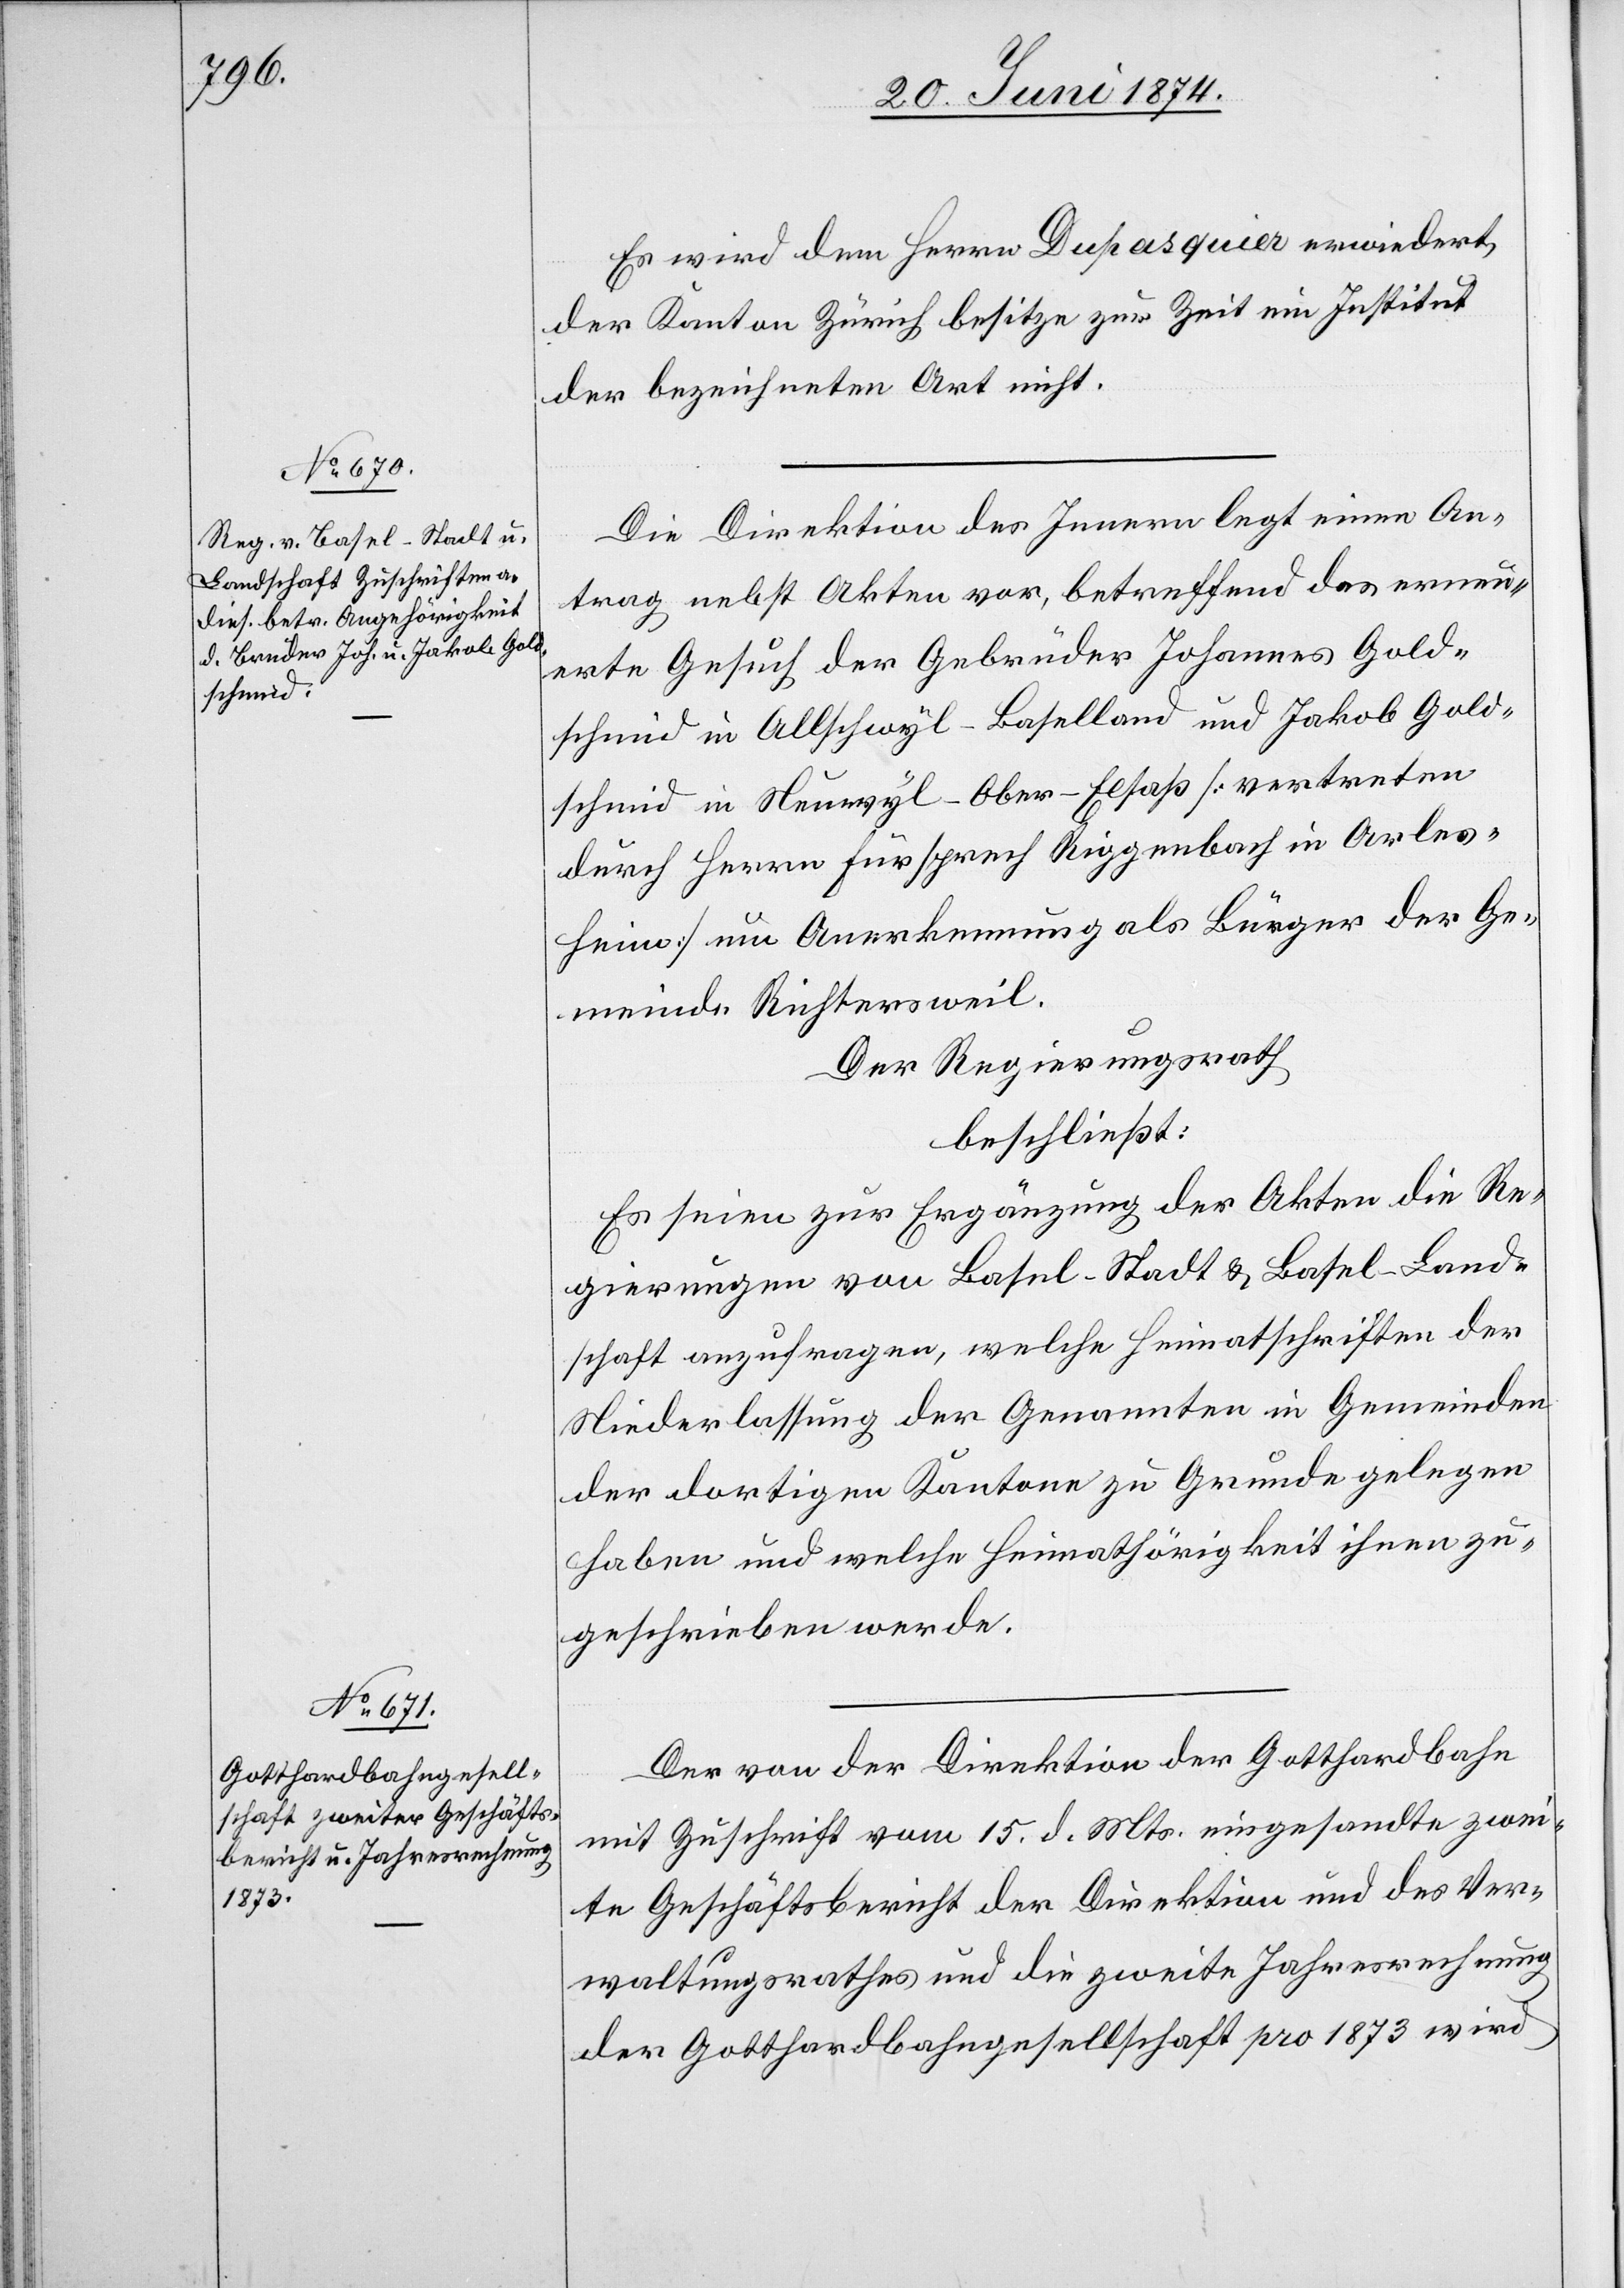
Es wird dem Herrn Dupasquier erwiedert,
der Kanton Zürich besitze zur Zeit ein Institut
der bezeichneten Art nicht.
Die Direktion des Innern legt einen An¬
trag nebst Akten vor, betreffend das erneu¬
erte Gesuch der Gebrüder Johannes Gold¬
schmid in Allschwyl-Baselland und Jakob Gold¬
schmid in Neuwyl-Ober-Elsaß [vertreten
durch Herrn Fürsprech Riggenbach in Arles¬
heim] um Anerkennung als Bürger der Ge¬
meinde Richtersweil.
Der Regierungsrath
beschließt:
Es seien zur Ergänzung der Akten die Re¬
gierungen von Basel-Stadt u. Basel-Land¬
schaft anzufragen, welche Heimatschriften der
Niederlassung der Genannten in Gemeinden
der dortigen Kantone zu Grunde gelegen
haben und welche Heimathörigkeit ihnen zu¬
geschrieben werde.
Der von der Direktion der Gotthardbahn
mit Zuschrift vom 15. d. Mts. eingesandte zwei¬
te Geschäftsbericht der Direktion und des Ver¬
waltungsrathes und die zweite Jahresrechnung
der Gotthardbahngesellschaft pro 1873 wird